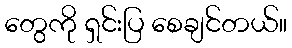
တွေကို ရှင်းပြ စေချင်တယ်။